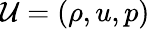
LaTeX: \mathcal{U}=(\rho,u,p)